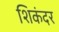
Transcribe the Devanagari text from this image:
शिकंदर